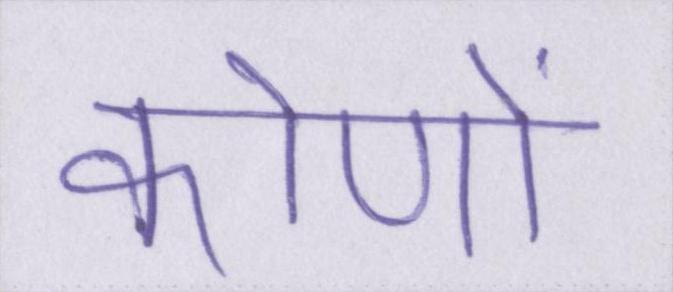
कोणों